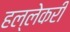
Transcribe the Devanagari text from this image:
हल्लेकरी